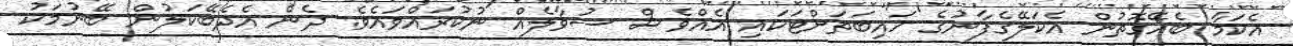
އެކަމާ ބެހޭގޮތުން އެކަލޭގެފާނުގެ ހައިބަތަށްޓަކައި އެއްވެސް ސުވާލެއް ނުކުރައްވައެވެ. ދެން އެދެބޭކަލުން ބޭނުމަކު